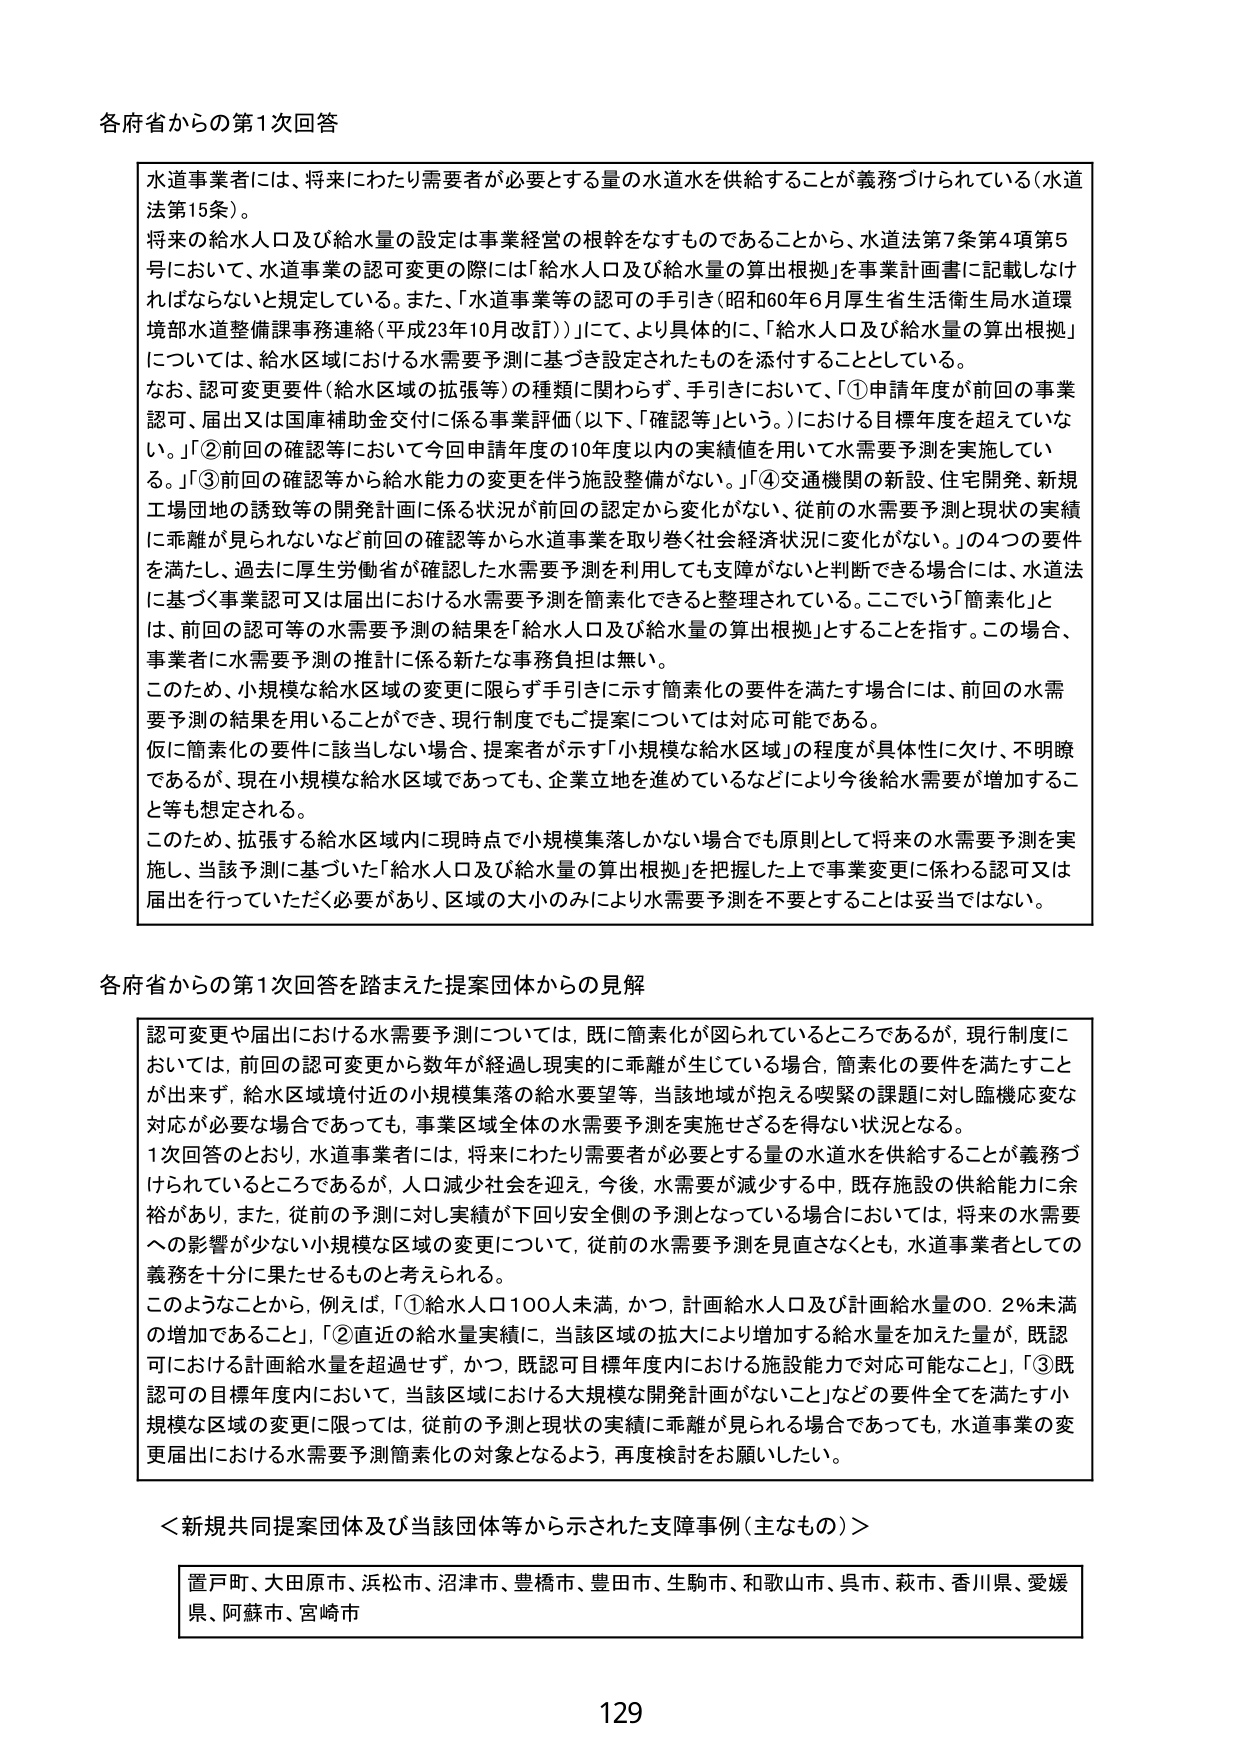
各府省からの第1次回答

水道事業者には、将来にわたり需要者が必要とする量の水道水を供給することが義務づけられている（水道法第15条）。
将来の給水人口及び給水量の設定は事業経営の根幹をなすものであることから、水道法第7条第4項第5号において、水道事業の認可変更の際には「給水人口及び給水量の算出根拠」を事業計画書に記載しなければならないと規定している。また、「水道事業等の認可の手引き（昭和60年6月厚生省生活衛生局水道環境部水道整備課事務連絡（平成23年10月改訂））」にて、より具体的に、「給水人口及び給水量の算出根拠」については、給水区域における水需要予測に基づき設定されたものを添付することとしている。
なお、認可変更要件（給水区域の拡張等）の種類に関わらず、手引きにおいて、「①申請年度が前回の事業認可、届出又は国庫補助金交付に係る事業評価（以下、「確認等」という。）における目標年度を超えていない。」「②前回の確認等において今回申請年度の10年度以内の実績値を用いて水需要予測を実施している。」「③前回の確認等から給水能力の変更を伴う施設整備がない。」「④交通機関の新設、住宅開発、新規工場団地の誘致等の開発計画に係る状況が前回の認定から変化がない、従前の水需要予測と現状の実績に乖離が見られないなど前回の確認等から水道事業を取り巻く社会経済状況に変化がない。」の4つの要件を満たし、過去に厚生労働省が確認した水需要予測を利用しても支障がないと判断できる場合は、水道法に基づく事業認可又は届出における水需要予測を簡素化できると整理されている。ここでいう「簡素化」とは、前回の認可等の水需要予測の結果を「給水人口及び給水量の算出根拠」とすることを指す。この場合、事業者に水需要予測の推計に係る新たな事務負担は無い。
このため、小規模な給水区域の変更に限らず手引きに示す簡素化の要件を満たす場合には、前回の水需要予測の結果を用いることができ、現行制度でもご提案については対応可能である。
仮に簡素化の要件に該当しない場合、提案者が示す「小規模な給水区域」の程度が具体性に欠く、不明瞭であるが、現在小規模な給水区域であっても、企業立地を進めているなどにより今後給水需要が増加すること等も想定される。
このため、拡張する給水区域内に現時点で小規模集落しかない場合でも原則として将来の水需要予測を実施し、当該予測に基づいた「給水人口及び給水量の算出根拠」を把握した上で事業変更に係わる認可又は届出を行っていただく必要があり、区域の大小のみにより水需要予測を不要とすることは妥当ではない。

各府省からの第1次回答を踏まえた提案団体からの見解

認可変更や届出における水需要予測については、既に簡素化が図られているところであるが、現行制度においては、前回の認可変更から数年が経過し現実的に乖離が生じている場合、簡素化の要件を満たすことが出来ず、給水区域境界付近の小規模集落の給水要望等、当該地域が抱える喫緊の課題に対し臨機応変な対応が必要な場合であっても、事業区域全体の水需要予測を実施せざるを得ない状況となる。
1次回答のとおり、水道事業者には、将来にわたり需要者が必要とする量の水道水を供給することが義務づけられているところであるが、人口減少社会を迎え、今後、水需要が減少する中、既存施設の供給能力に余裕があり、また、従前の予測に対し実績が下回り安全側の予測となっている場合においては、将来の水需要への影響が少ない小規模な区域の変更について、従前の水需要予測を見直さなくとも、水道事業者としての義務を十分に果たせるものと考えられる。
このようなことから、例えば、「①給水人口100人未満、かつ、計画給水人口及び計画給水量の0.2％未満の増加であること」、「②直近の給水量実績に、当該区域の拡大により増加する給水量を加えた量が、既認可における計画給水量を超過せず、かつ、既認可目標年度内における施設能力で対応可能ないこと」、「③既認可の目標年度内において、当該区域における大規模な開発計画がないこと」などの要件全てを満たす小規模な区域の変更に限っては、従前の予測と現状の実績に乖離が見られる場合であっても、水道事業の変更届出における水需要予測簡素化の対象となるよう、再度検討をお願いしたい。

＜新規共同提案団体及び当該団体等から示された支障事例（主なもの）＞

置戸町、大田原市、浜松市、沼津市、豊橋市、豊田市、生駒市、和歌山市、呉市、萩市、香川県、愛媛県、阿蘇市、宮崎市

129